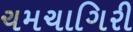
ચમચાગિરી